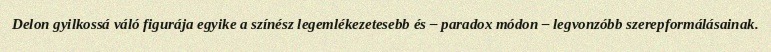
Delon gyilkossá váló figurája egyike a színész legemlékezetesebb és – paradox módon – legvonzóbb szerepformálásainak.